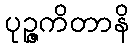
ပုဉ္ဇကိတာနိ